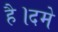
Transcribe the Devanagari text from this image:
है।दमे